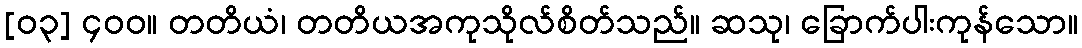
[၀၃] ၄၀၀။ တတိယံ၊ တတိယအကုသိုလ်စိတ်သည်။ ဆသု၊ ခြောက်ပါးကုန်သော။